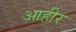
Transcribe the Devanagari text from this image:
आहीर